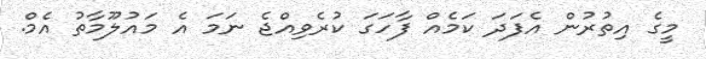
މީގެ އިތުރުން އެފަދަ ކަމެއް ފާހަގަ ކުރެވިއްޖެ ނަމަ އެ މައުލޫމާތު އެމް.